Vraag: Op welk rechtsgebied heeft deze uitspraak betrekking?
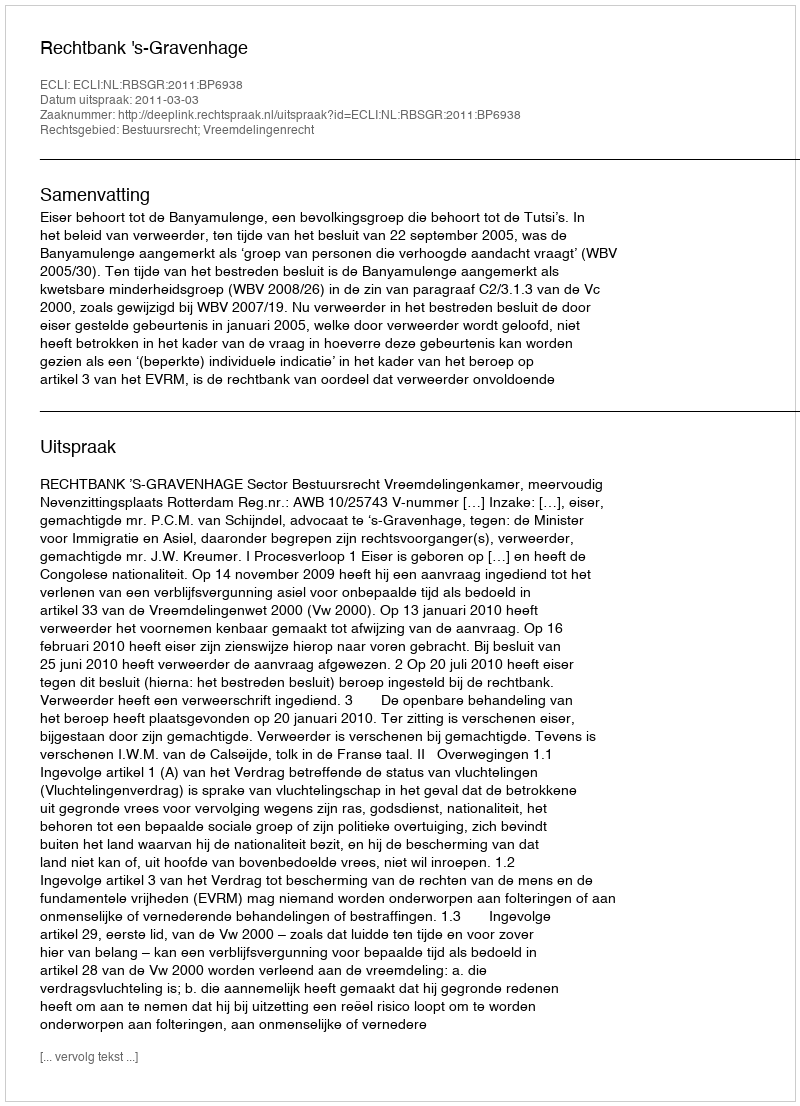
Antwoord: Bestuursrecht; Vreemdelingenrecht